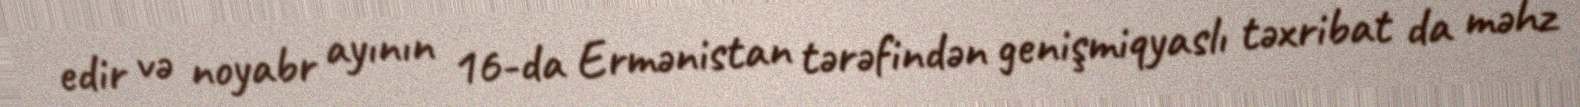
edir və noyabr ayının 16-da Ermənistan tərəfindən genişmiqyaslı təxribat da məhz